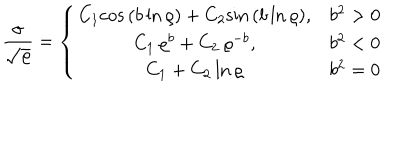
\frac { \sigma } { \sqrt { \varrho } } = \left\{ \begin{array} { c c c } { { C _ { 1 } \mathrm { c o s } \, ( b \, \mathrm { l n } \, \varrho ) + C _ { 2 } \mathrm { s i n } \, ( b \, \mathrm { l n } \, \varrho ) , } } & { { b ^ { 2 } > 0 } } \\ { { C _ { 1 } \, \varrho ^ { b } + C _ { 2 } \, \varrho ^ { - b } , } } & { { b ^ { 2 } < 0 } } \\ { { C _ { 1 } + C _ { 2 } \, \mathrm { l n } \, \varrho } } & { { b ^ { 2 } = 0 } } \\ \end{array} \right.